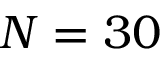
N = 3 0